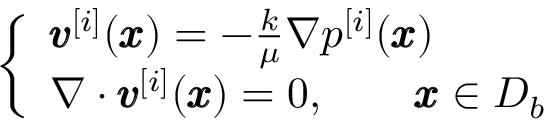
\left\{ \begin{array} { l l } { { \pmb v } ^ { [ i ] } ( { \pmb x } ) = - \frac { k } { \mu } \nabla p ^ { [ i ] } ( { \pmb x } ) } \\ { \nabla \cdot { \pmb v } ^ { [ i ] } ( { \pmb x } ) = 0 , \qquad { \pmb x } \in D _ { b } } \end{array} \right.